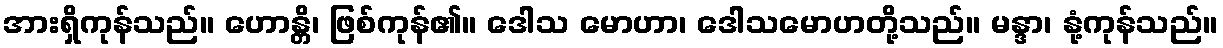
အားရှိကုန်သည်။ ဟောန္တိ၊ ဖြစ်ကုန်၏။ ဒေါသ မောဟာ၊ ဒေါသမောဟတို့သည်။ မန္ဒာ၊ နုံ့ကုန်သည်။